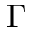
\Gamma